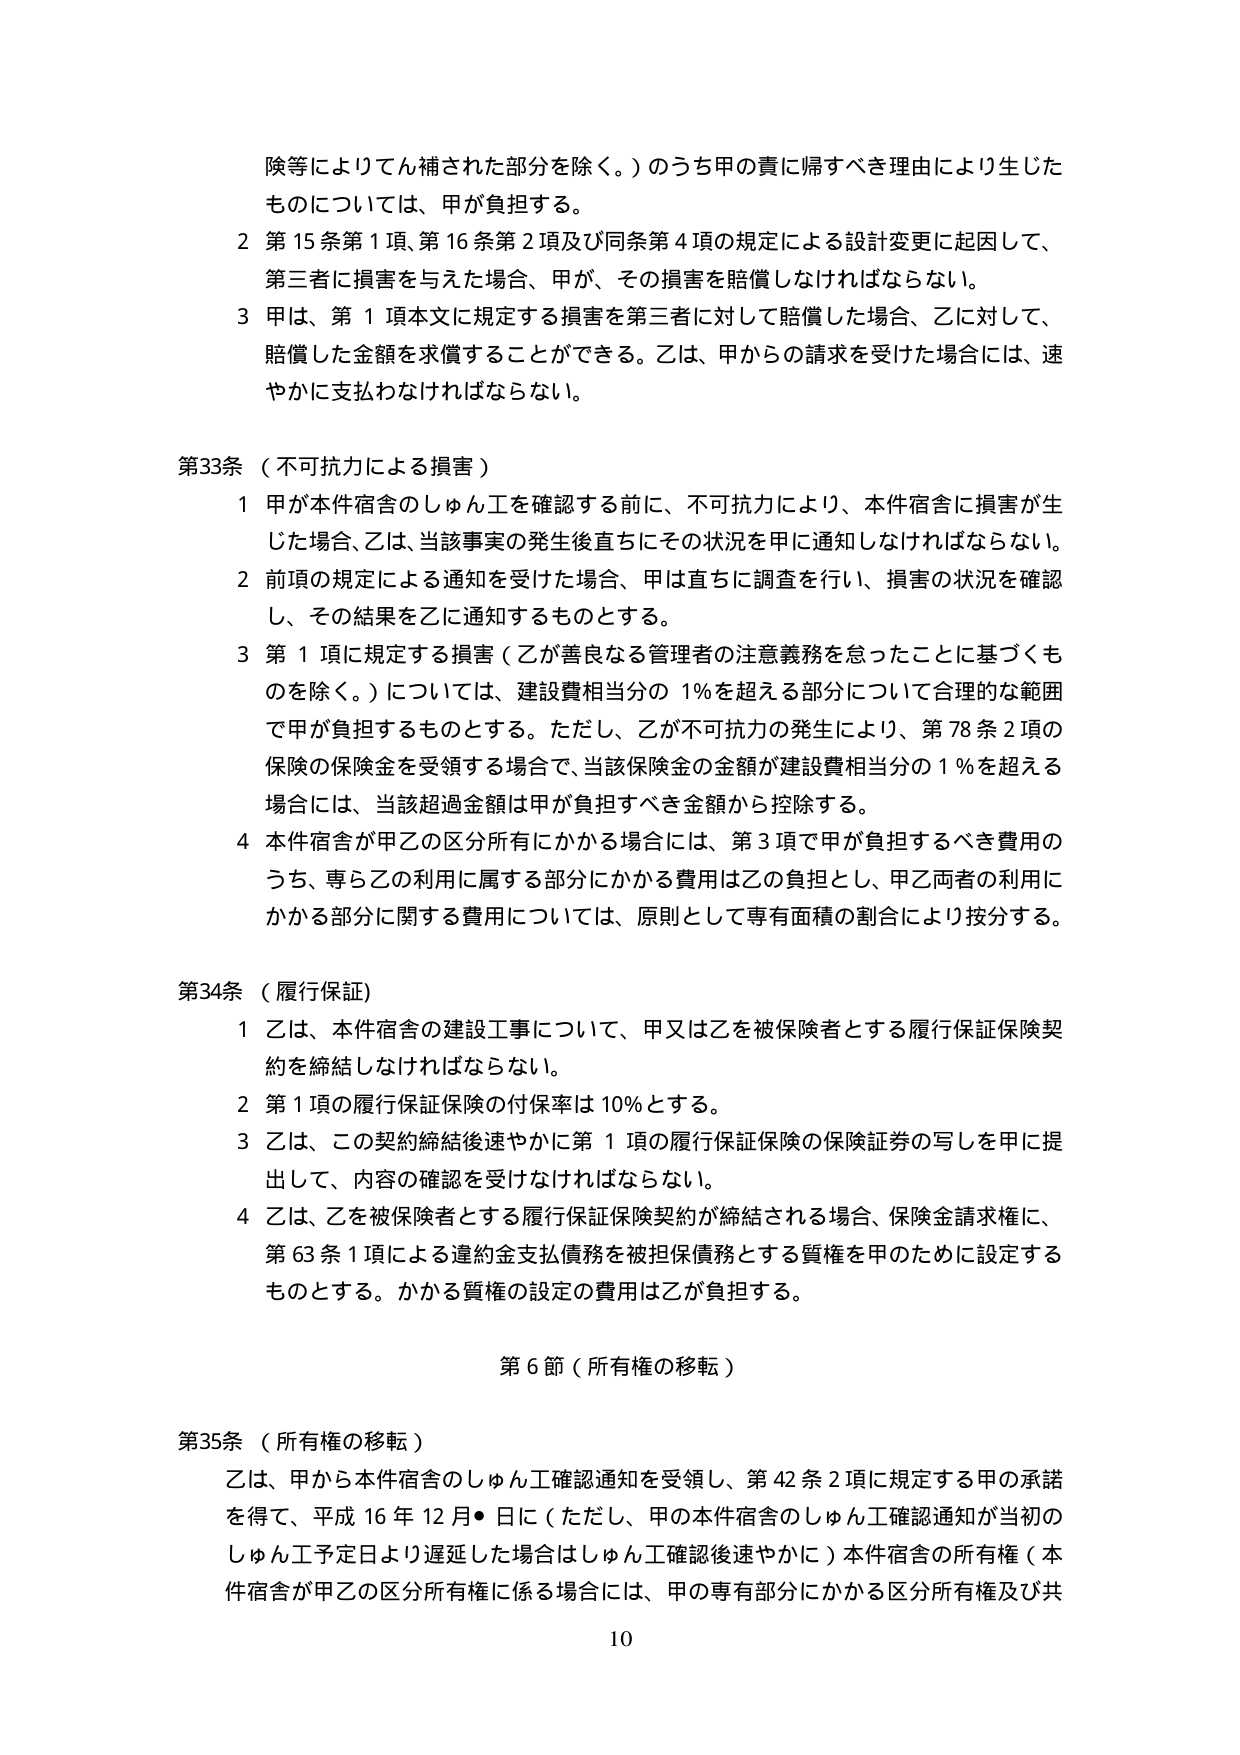
険等によりてん補された部分を除く。）のうち甲の責に帰すべき理由により生じたものについては、甲が負担する。

2 第15条第1項、第16条第2項及び同条第4項の規定による設計変更に起因して、第三者に損害を与えた場合、甲が、その損害を賠償しなければならない。

3 甲は、第1項本文に規定する損害を第三者に対して賠償した場合、乙に対して、賠償した金額を求償することができる。乙は、甲からの請求を受けた場合には、速やかに支払わなければならない。

第33条（不可抗力による損害）

1 甲が本件宿舎のしゅん工を確認する前に、不可抗力により、本件宿舎に損害が生じた場合、乙は、当該事実の発生後直ちにその状況を甲に通知しなければならない。

2 前項の規定による通知を受けた場合、甲は直ちに調査を行い、損害の状況を確認し、その結果を乙に通知するものとする。

3 第1項に規定する損害（乙が善良なる管理者の注意義務を怠ったことに基づくものを除く。）については、建設費相当分の1％を超える部分について合理的な範囲で甲が負担するものとする。ただし、乙が不可抗力の発生により、第78条2項の保険の保険金を受領する場合で、当該保険金の金額が建設費相当分の1％を超える場合には、当該超過金額は甲が負担すべき金額から控除する。

4 本件宿舎が甲乙の区分所有にかかる場合には、第3項で甲が負担するべき費用のうち、専ら乙の利用に属する部分にかかる費用は乙の負担とし、甲乙両者の利用にかかる部分に関する費用については、原則として専有面積の割合により按分する。

第34条（履行保証）

1 乙は、本件宿舎の建設工事について、甲又は乙を被保険者とする履行保証保険契約を締結しなければならない。

2 第1項の履行保証保険の付保率は10％とする。

3 乙は、この契約締結後速やかに第1項の履行保証保険の保険証券の写しを甲に提出して、内容の確認を受けなければならない。

4 乙は、乙を被保険者とする履行保証保険契約が締結される場合、保険金請求権に、第63条1項による違約金支払債務を被担保債務とする質権を甲のために設定するものとする。かかる質権の設定の費用は乙が負担する。

第6節（所有権の移転）

第35条（所有権の移転）

乙は、甲から本件宿舎のしゅん工確認通知を受領し、第42条2項に規定する甲の承諾を得て、平成16年12月●日に（ただし、甲の本件宿舎のしゅん工確認通知が当初のしゅん工予定日より遅延した場合はしゅん工確認後速やかに）本件宿舎の所有権（本件宿舎が甲乙の区分所有権に係る場合には、甲の専有部分にかかる区分所有権及び共

10